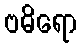
ဗဓိရော